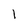
Character: 1